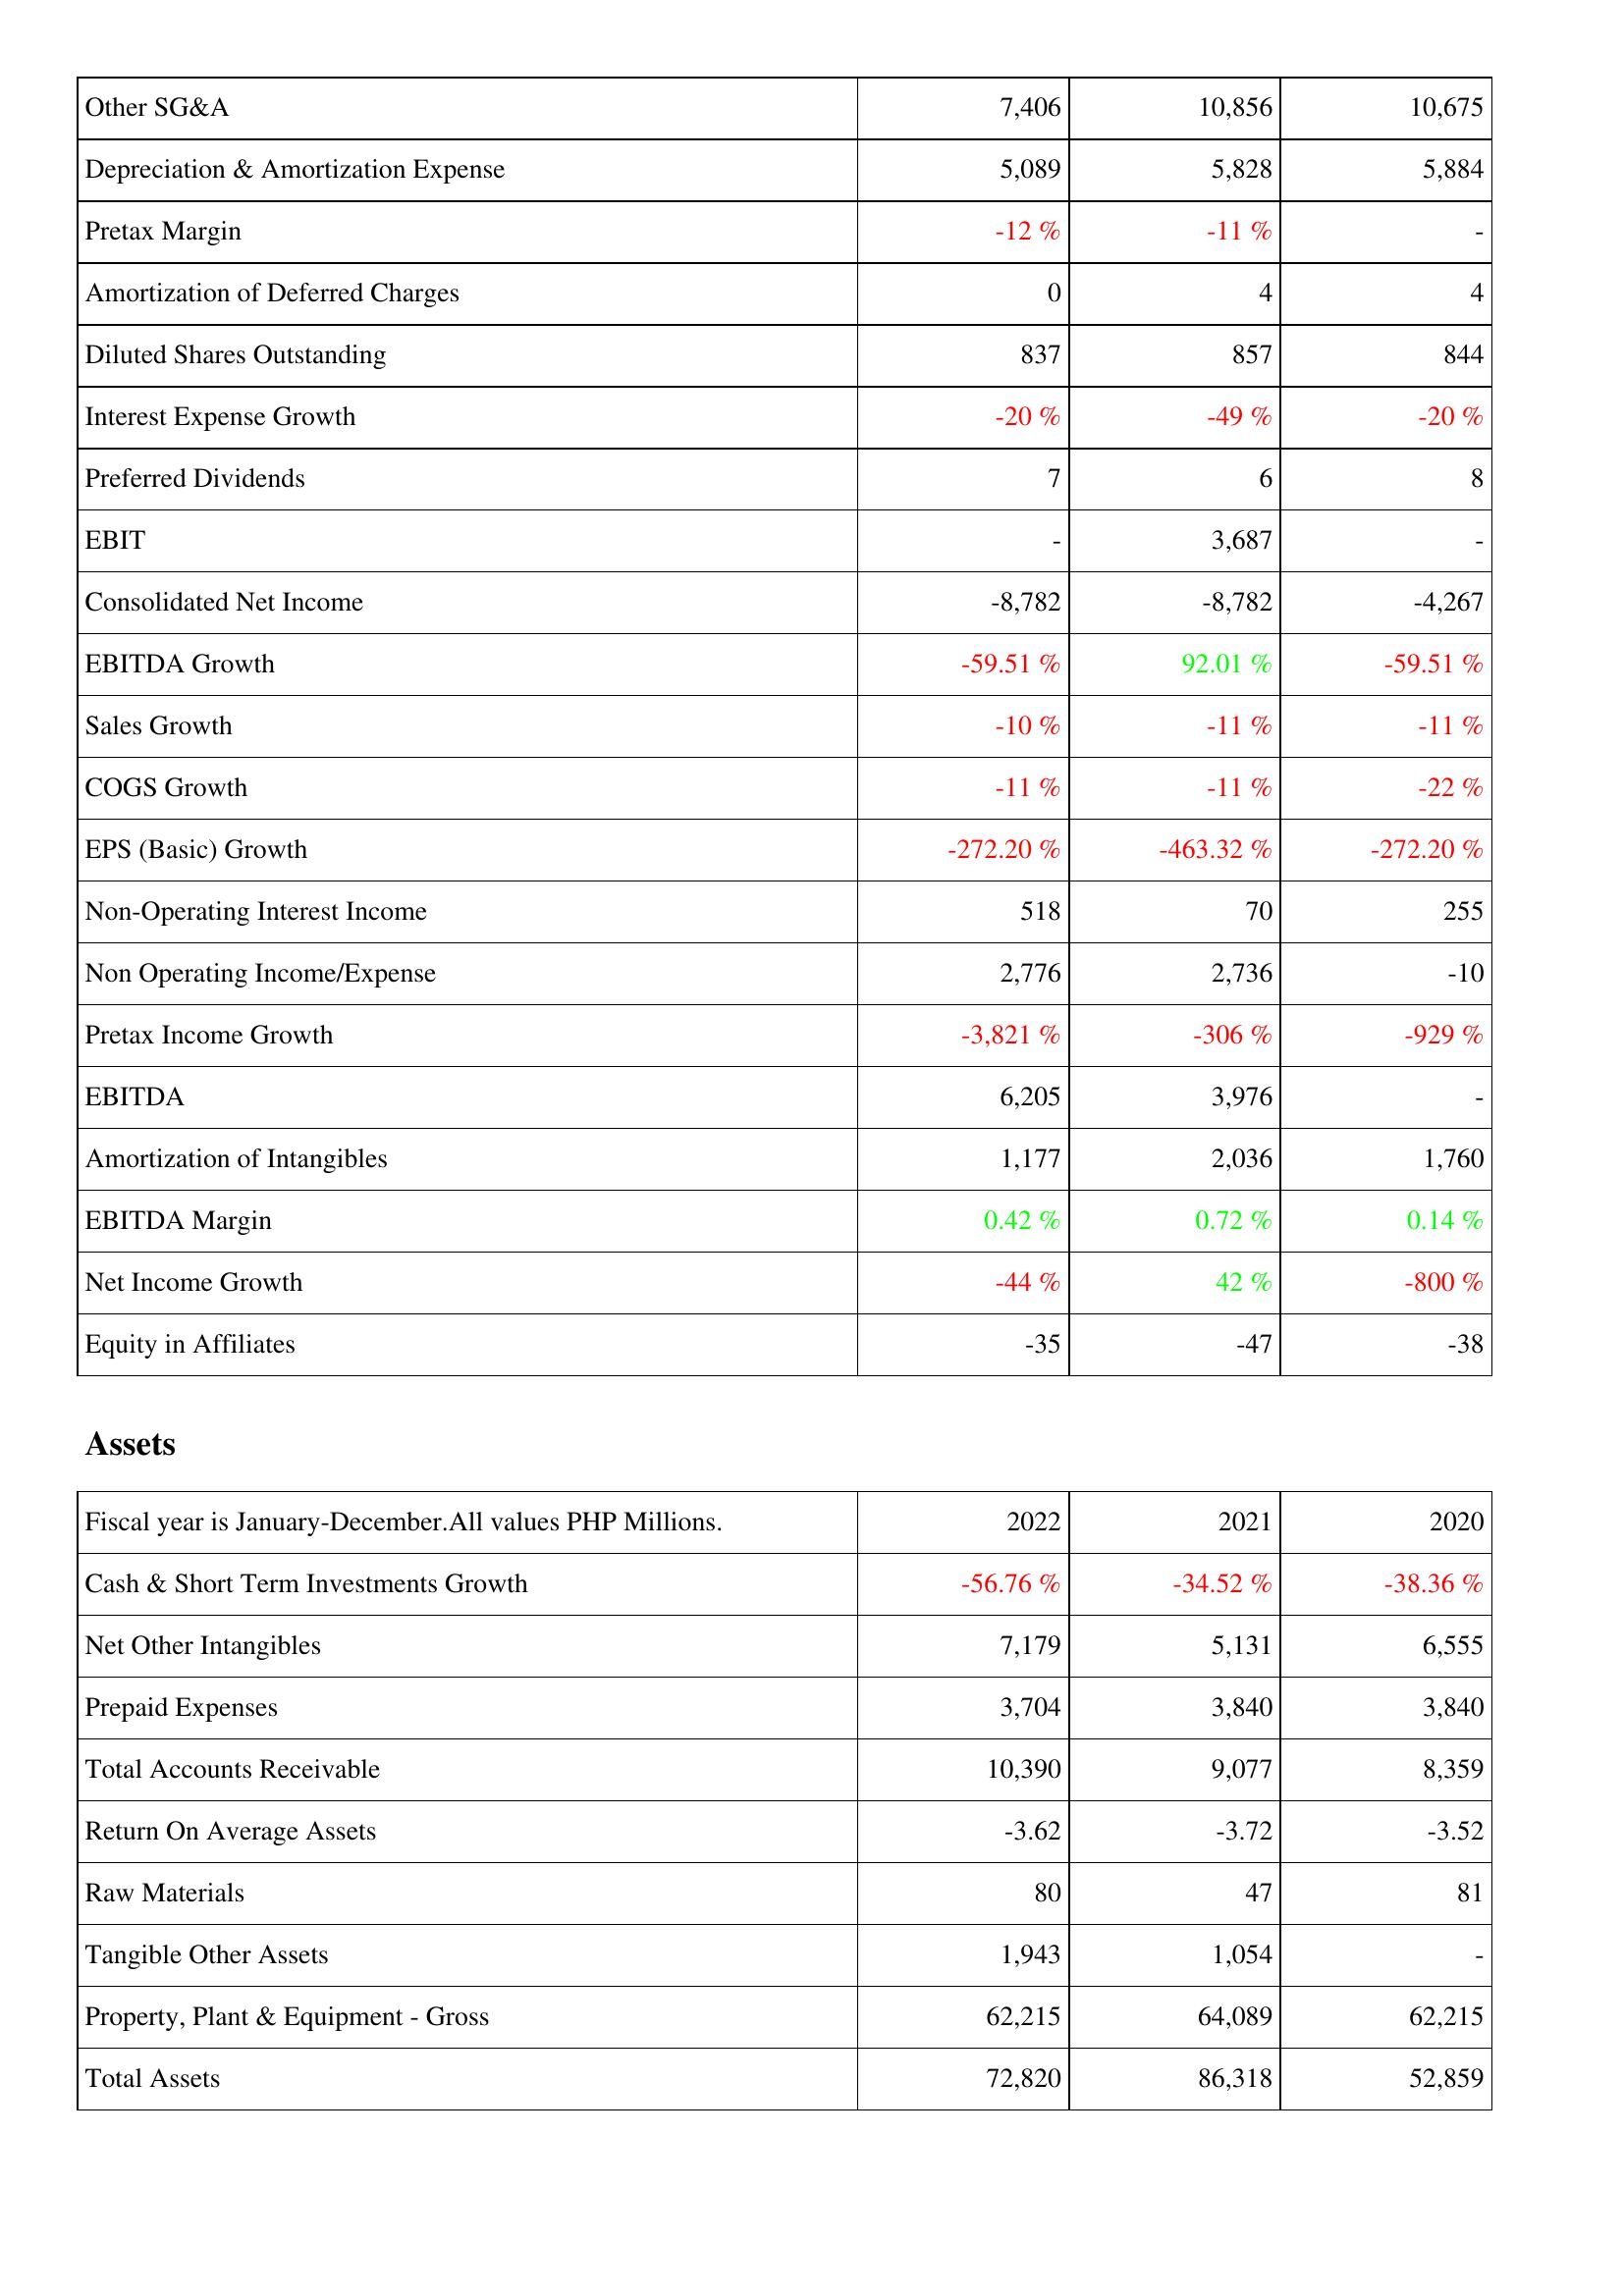
2022: Income Statement: Other SG&A: 7,406
Depreciation & Amortization Expense: 5,089
Pretax Margin: -12 %
Amortization of Deferred Charges: 0
Diluted Shares Outstanding: 837
Interest Expense Growth: -20 %
Preferred Dividends: 7
EBIT: -
Consolidated Net Income: -8,782
EBITDA Growth: -59.51 %
Sales Growth: -10 %
COGS Growth: -11 %
EPS (Basic) Growth: -272.20 %
Non-Operating Interest Income: 518
Non Operating Income/Expense: 2,776
Pretax Income Growth: -3,821 %
EBITDA: 6,205
Amortization of Intangibles: 1,177
EBITDA Margin: 0.42 %
Net Income Growth: -44 %
Equity in Affiliates: -35
Assets: Cash & Short Term Investments Growth: -56.76 %
Net Other Intangibles: 7,179
Prepaid Expenses: 3,704
Total Accounts Receivable: 10,390
Return On Average Assets: -3.62
Raw Materials: 80
Tangible Other Assets: 1,943
Property, Plant & Equipment - Gross: 62,215
Total Assets: 72,820
2021: Income Statement: Other SG&A: 10,856
Depreciation & Amortization Expense: 5,828
Pretax Margin: -11 %
Amortization of Deferred Charges: 4
Diluted Shares Outstanding: 857
Interest Expense Growth: -49 %
Preferred Dividends: 6
EBIT: 3,687
Consolidated Net Income: -8,782
EBITDA Growth: 92.01 %
Sales Growth: -11 %
COGS Growth: -11 %
EPS (Basic) Growth: -463.32 %
Non-Operating Interest Income: 70
Non Operating Income/Expense: 2,736
Pretax Income Growth: -306 %
EBITDA: 3,976
Amortization of Intangibles: 2,036
EBITDA Margin: 0.72 %
Net Income Growth: 42 %
Equity in Affiliates: -47
Assets: Cash & Short Term Investments Growth: -34.52 %
Net Other Intangibles: 5,131
Prepaid Expenses: 3,840
Total Accounts Receivable: 9,077
Return On Average Assets: -3.72
Raw Materials: 47
Tangible Other Assets: 1,054
Property, Plant & Equipment - Gross: 64,089
Total Assets: 86,318
2020: Income Statement: Other SG&A: 10,675
Depreciation & Amortization Expense: 5,884
Pretax Margin: -
Amortization of Deferred Charges: 4
Diluted Shares Outstanding: 844
Interest Expense Growth: -20 %
Preferred Dividends: 8
EBIT: -
Consolidated Net Income: -4,267
EBITDA Growth: -59.51 %
Sales Growth: -11 %
COGS Growth: -22 %
EPS (Basic) Growth: -272.20 %
Non-Operating Interest Income: 255
Non Operating Income/Expense: -10
Pretax Income Growth: -929 %
EBITDA: -
Amortization of Intangibles: 1,760
EBITDA Margin: 0.14 %
Net Income Growth: -800 %
Equity in Affiliates: -38
Assets: Cash & Short Term Investments Growth: -38.36 %
Net Other Intangibles: 6,555
Prepaid Expenses: 3,840
Total Accounts Receivable: 8,359
Return On Average Assets: -3.52
Raw Materials: 81
Tangible Other Assets: -
Property, Plant & Equipment - Gross: 62,215
Total Assets: 52,859